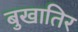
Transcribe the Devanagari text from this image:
बुखातिर